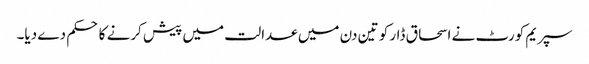
سپریم کورٹ نے اسحاق ڈار کو تین دن میں عدالت میں پیش کرنے کا حکم دے دیا۔